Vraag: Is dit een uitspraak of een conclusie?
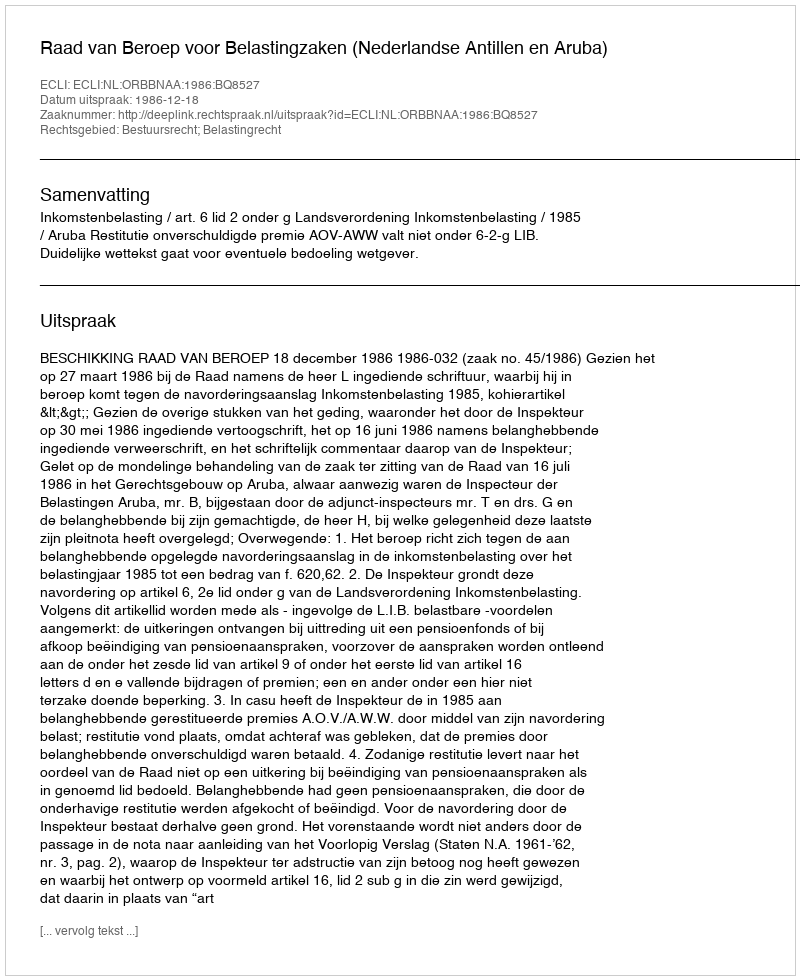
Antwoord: Uitspraak